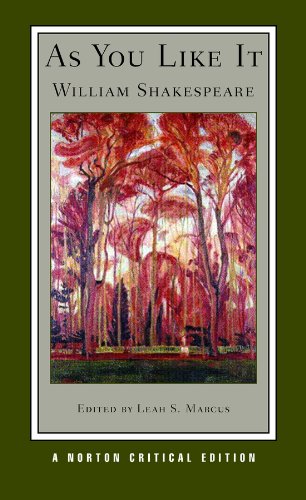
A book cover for As You Like It (Norton Critical Editions); William Shakespeare; Literature & Fiction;